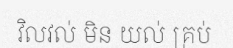
វិលវល់ មិន យល់ គ្រប់